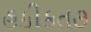
હકીકત૭